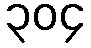
၃၀၄